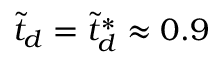
\tilde { t } _ { d } = \tilde { t } _ { d } ^ { * } \approx 0 . 9